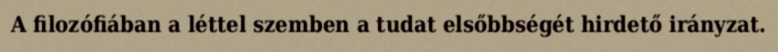
A filozófiában a léttel szemben a tudat elsőbbségét hirdető irányzat.